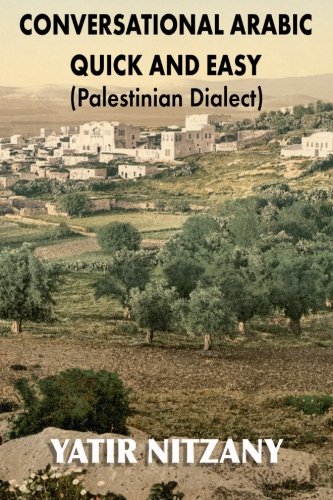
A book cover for Conversational Arabic Quick and Easy: Palestinian Arabic; the Arabic Dialect of Palestine and Israel (Arabic Edition); Yatir Nitzany; Travel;